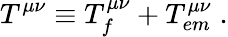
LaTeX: T^{\mu\nu}\equiv T_{f}^{\mu\nu}+T_{em}^{\mu\nu}\; .